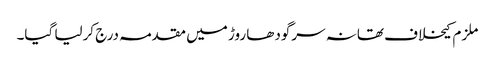
ملزم کیخلاف تھانہ سرگودھا روڑ میں مقدمہ درج کرلیا گیا۔